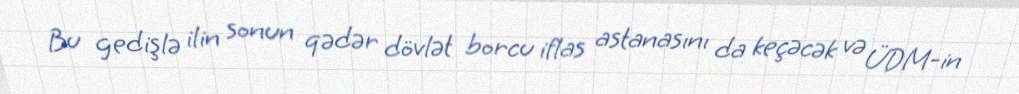
Bu gedişlə ilin sonun qədər dövlət borcu iflas astanasını da keçəcək və ÜDM-in